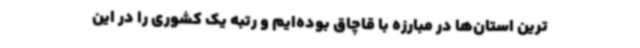
ترین استان‌ها در مبارزه با قاچاق بوده‌ایم و رتبه یک کشوری را در این